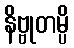
နိဗ္ဗုတမ္ပိ